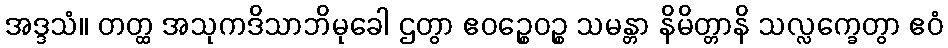
အဒ္ဒသံ။ တတ္ထ အသုကဒိသာဘိမုခေါ ဌတွာ ဧဝဉ္စေဝဉ္စ သမန္တာ နိမိတ္တာနိ သလ္လက္ခေတွာ ဧဝံ